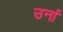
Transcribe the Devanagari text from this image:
उनां